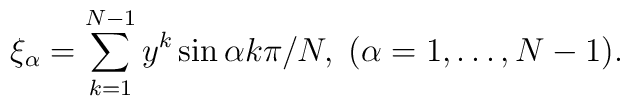
\xi_\alpha = \sum_{k=1}^{N-1} y^k \sin \alpha k \pi / N,\; (\alpha=1,\ldots,N-1).